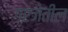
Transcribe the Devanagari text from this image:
गरजेतील